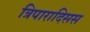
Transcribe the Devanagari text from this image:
त्रिपारादिसस